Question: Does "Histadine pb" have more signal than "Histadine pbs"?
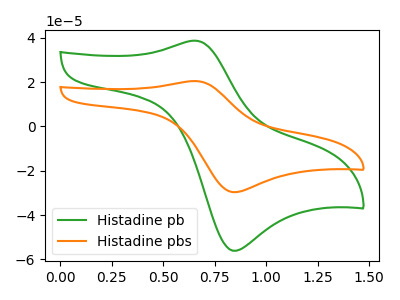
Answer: <think>The green curve "Histadine pb" has an anodic peak at (0.65V, 38.65uA) and a cathodic peak at (0.85V, -56.05uA). The orange curve "Histadine pbs" has an anodic peak at (0.65V, 20.45uA) and a cathodic peak at (0.85V, -29.65uA).
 All the peaks in "Histadine pb" have a peak in "Histadine pbs" at the same potential. Every peak in "Histadine pb" is higher than every peak in "Histadine pbs".</think>
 <answer>"Histadine pb" has more signal than "Histadine pbs".</answer>
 <eval>more_signal</eval>